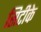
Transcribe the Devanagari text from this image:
सिटीके